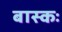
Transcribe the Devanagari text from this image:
बास्कः